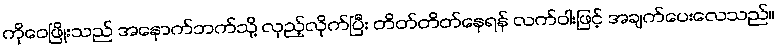
ကိုဝေဖြိုးသည် အနောက်ဘက်သို့ လှည့်လိုက်ပြီး တိတ်တိတ်နေရန် လက်ဝါးဖြင့် အချက်ပေးလေသည်။